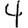
Digit: 4